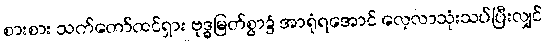
စားစား သက်တော်ထင်ရှား ဗုဒ္ဓမြတ်စွာ၌ အာရုံရအောင် လေ့လာသုံးသပ်ပြီးလျှင်